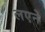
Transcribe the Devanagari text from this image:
लएने